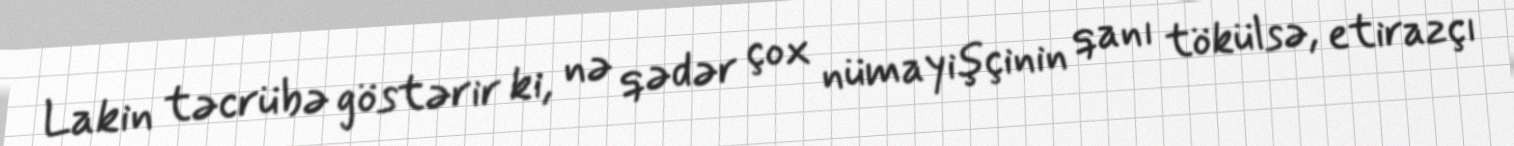
Lakin təcrübə göstərir ki, nə qədər çox nümayişçinin qanı tökülsə, etirazçı